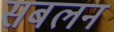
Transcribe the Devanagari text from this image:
सबलन